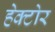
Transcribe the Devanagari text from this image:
हेक्टोर